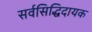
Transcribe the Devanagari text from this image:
सर्वसिद्धिदायक